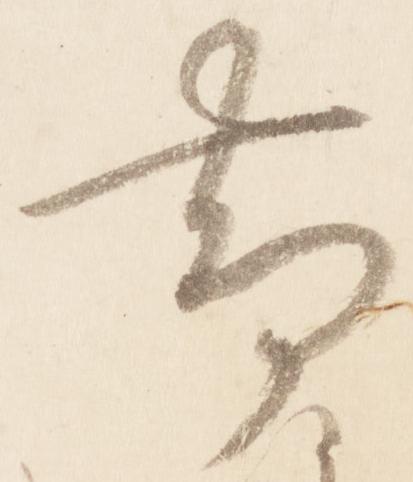
帯